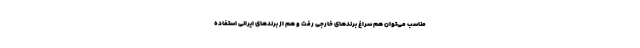
مناسب می‌توان هم سراغ برندهای خارجی رفت و هم از برندهای ایرانی استفاده